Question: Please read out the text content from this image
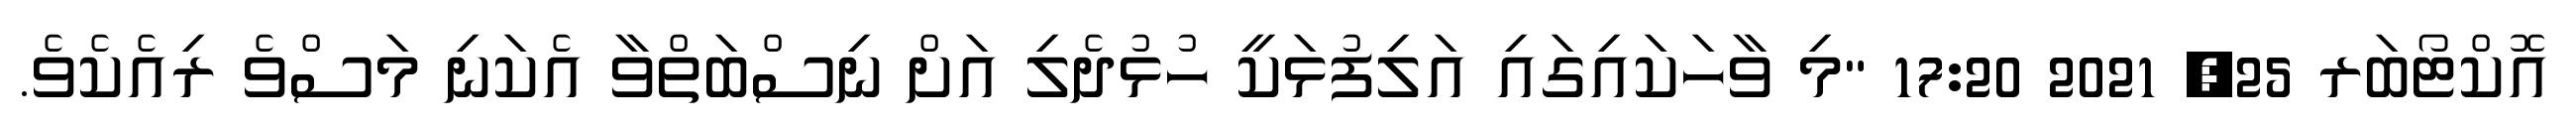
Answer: އޮކްޓޯބަރ 25, 2021 17:20 "މި ވާހަކައިގައި އަލިފުޅަކީ ހުޅުދެލި އަށް ނިސްބަތްވާ އެކަނި މަސްވެ ރިއެކެވެ.